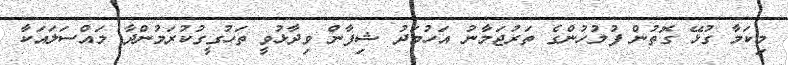
މިކަމާ ގުޅޭ ގޮތުން ފުލުހުންގެ ތަރުޖަމާނު އަހުމަދު ޝިފާން ވިދާޅުވީ ތަހުގީގުކުރަމުންދާ މައްސަލައަކާ